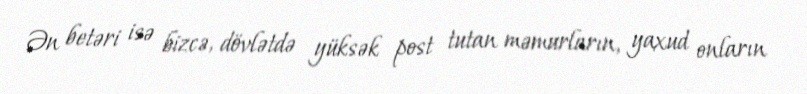
Ən betəri isə bizcə, dövlətdə yüksək post tutan məmurların, yaxud onların